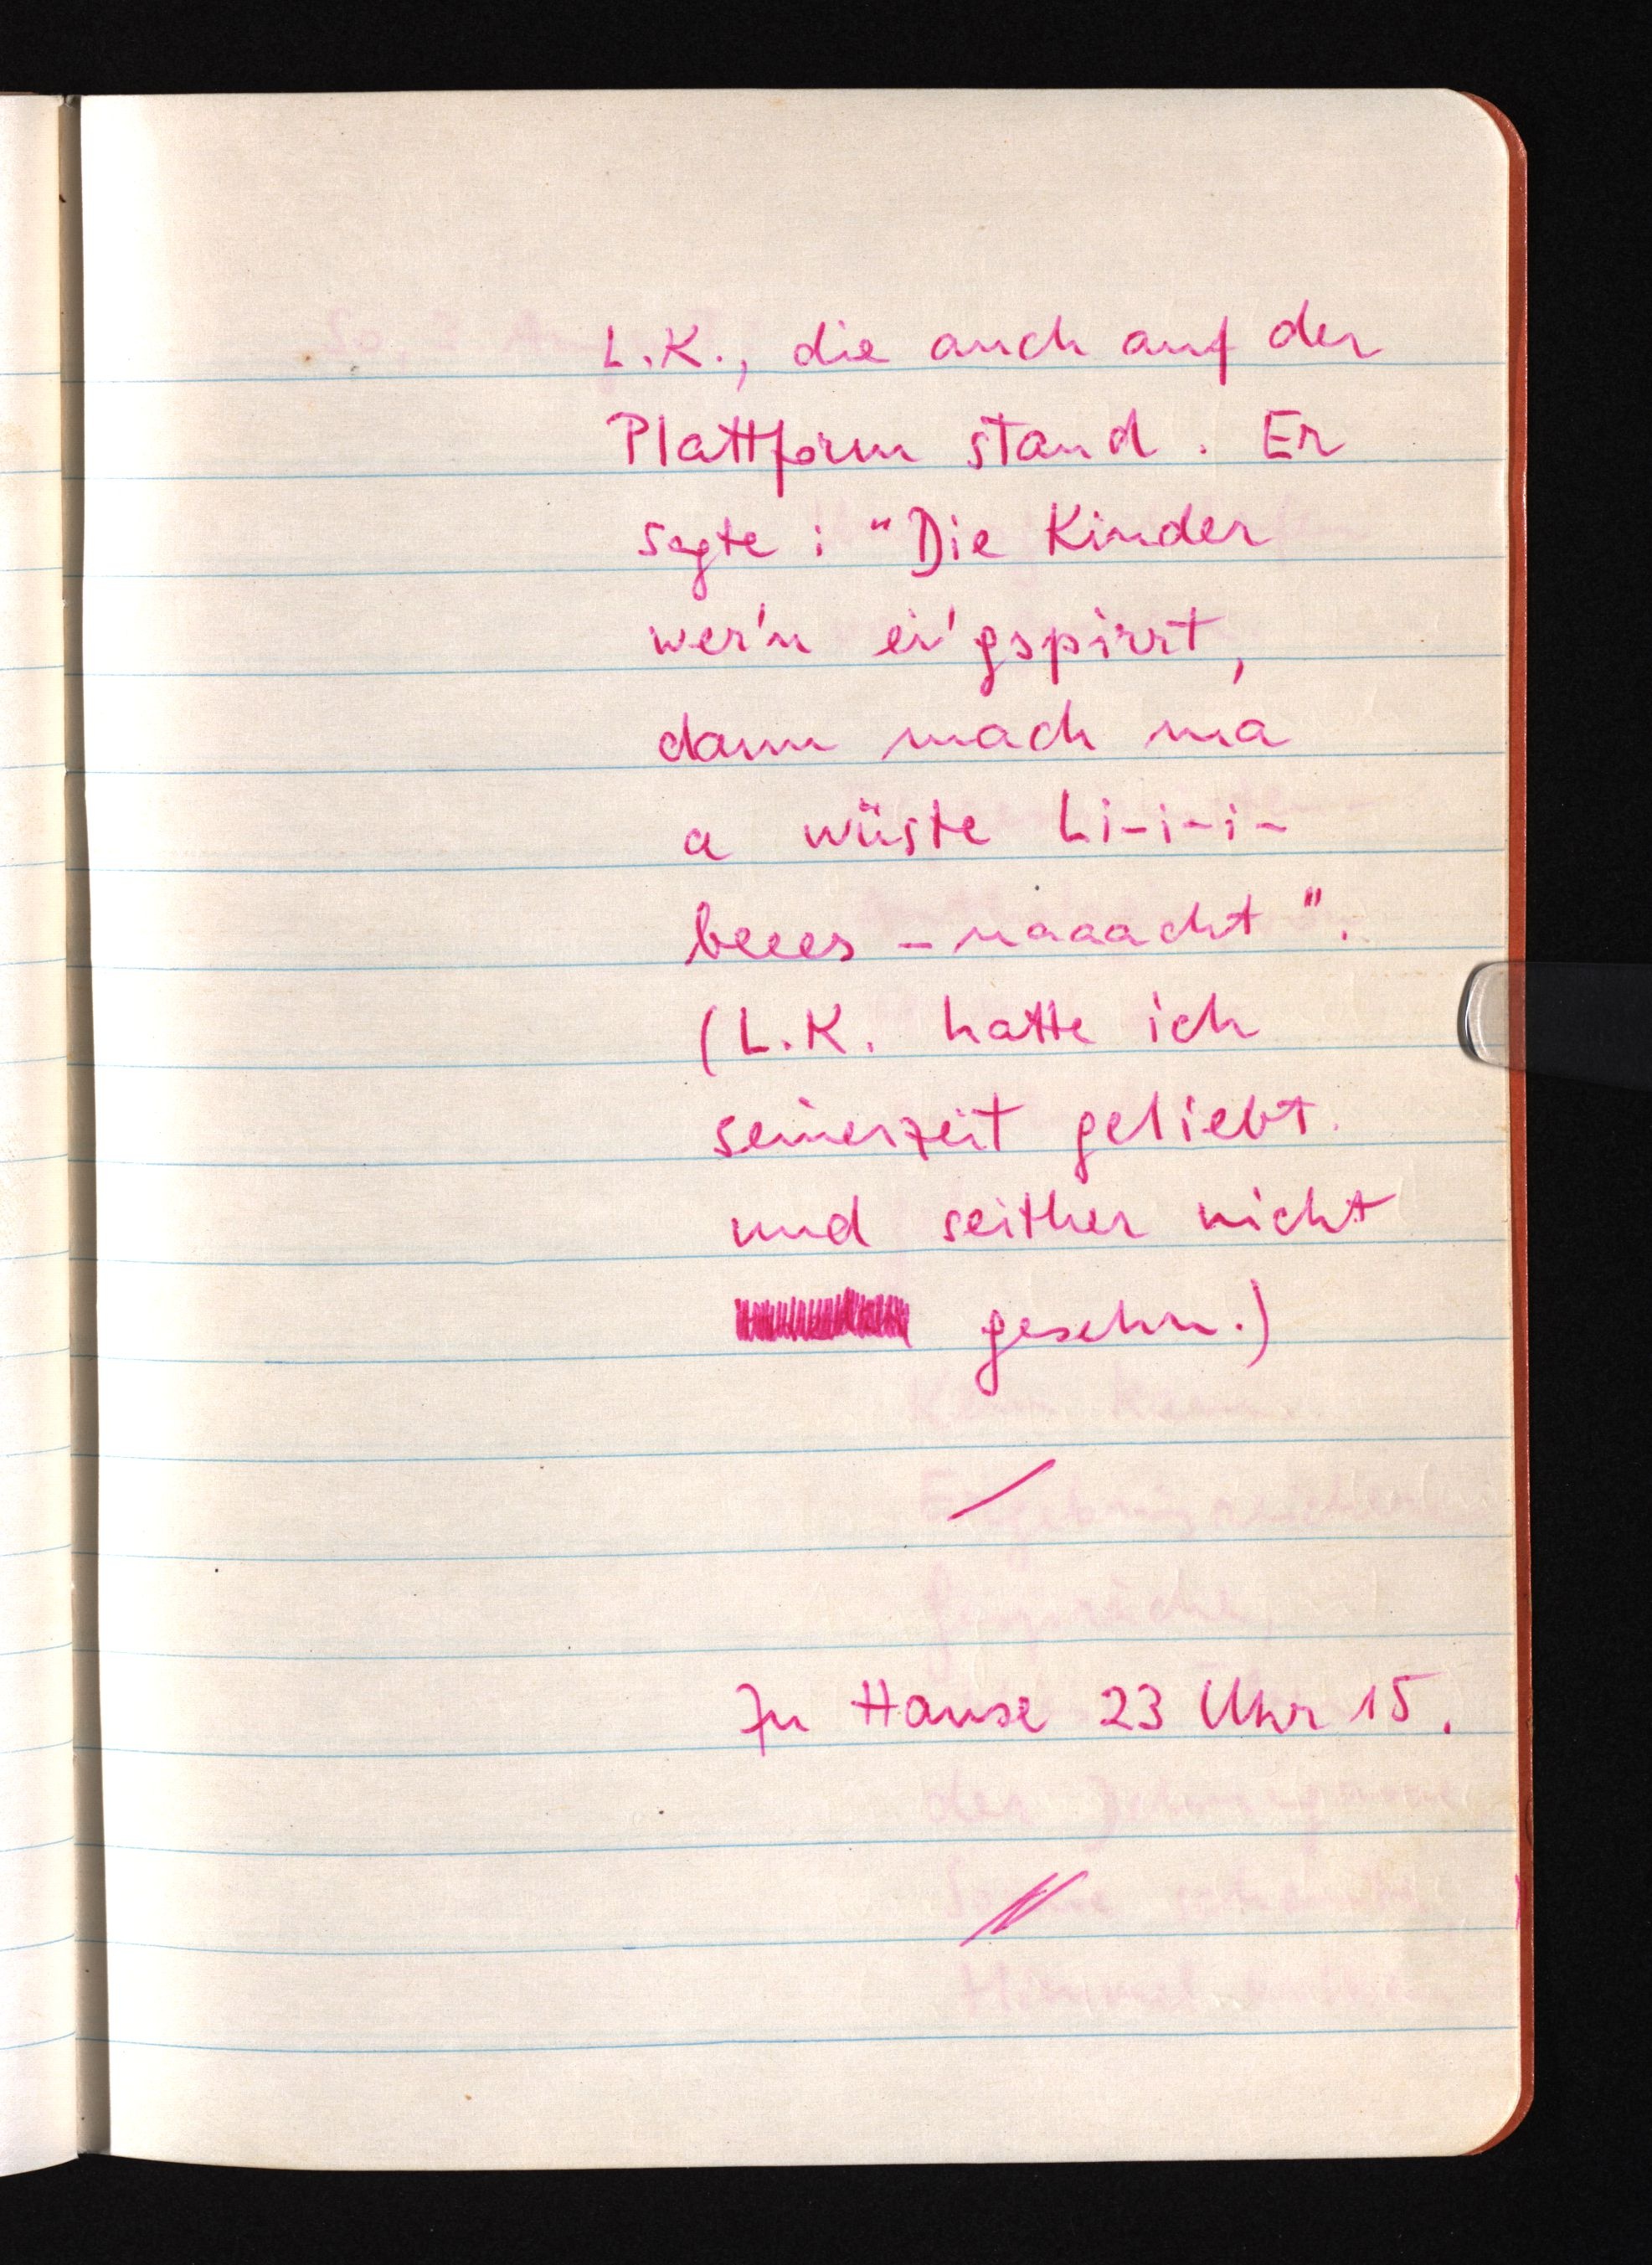
L. K., die auch auf der
Plattform stand. Er
sagte: "Die Kinder
wer'n ei'gspirrt,
dann mach ma
a wüste Li-i-i-
beees-naaacht".
(L. K. hatte ich
seinerzeit geliebt
und seither nicht
wieder gesehn.)
Zu Hause 23 Uhr 15.